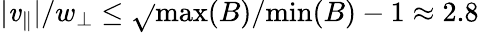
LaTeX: |\mathit{v}_{\parallel}|/w_{\perp}\leq\sqrt{}{{\mathrm{{max}}(B)/\mathrm{{min}}(B)-1}}\approx2.8